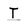
Character: T